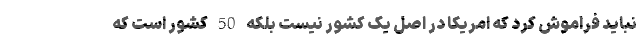
نباید فراموش کرد که امریکا در اصل یک کشور نیست بلکه 50 کشور است که